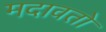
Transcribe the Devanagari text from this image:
मदावतो